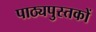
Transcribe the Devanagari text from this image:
पाठ्यपुस्‍तकों